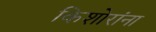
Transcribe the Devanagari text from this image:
किशोरांना